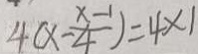
4 ( x - \frac { x - 1 } { 4 } ) = 4 \times 1